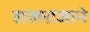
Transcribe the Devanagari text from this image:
हालराजाने